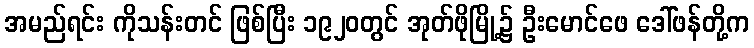
အမည်ရင်း ကိုသန်းတင် ဖြစ်ပြီး ၁၉၂၀တွင် အုတ်ဖိုမြို့၌ ဦးမောင်ဖေ ဒေါ်ဖန်တို့က